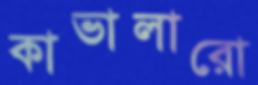
কাভালারো